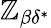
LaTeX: \mathbb{Z}_{\beta\delta^{*}}